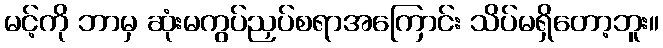
မင့်ကို ဘာမှ ဆုံးမကွပ်ညှပ်စရာအကြောင်း သိပ်မရှိတော့ဘူး။